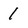
Character: 1